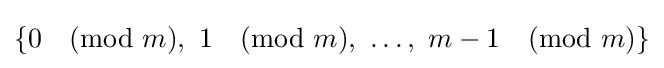
\{0{\pmod {m}},\ 1{\pmod {m}},\ \ldots ,\ {m-1}{\pmod {m}}\}